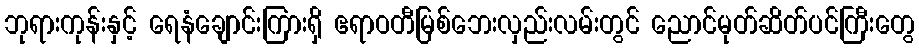
ဘုရားကုန်းနှင့် ရေနံချောင်းကြားရှိ ဧရာဝတီမြစ်ဘေးလှည်းလမ်းတွင် ညောင်မုတ်ဆိတ်ပင်ကြီးတွေ